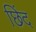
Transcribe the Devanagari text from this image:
छिंद